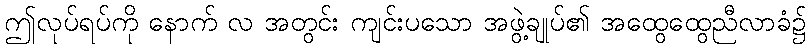
ဤလုပ်ရပ်ကို နောက် လ အတွင်း ကျင်းပသော အဖွဲ့ချုပ်၏ အထွေထွေညီလာခံ၌